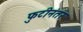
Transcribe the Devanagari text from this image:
फुटीनंतर